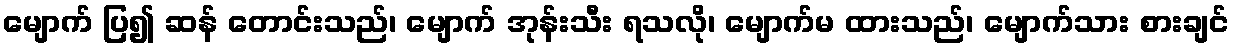
မျောက် ပြ၍ ဆန် တောင်းသည်၊ မျောက် အုန်းသီး ရသလို၊ မျောက်မ ထားသည်၊ မျောက်သား စားချင်